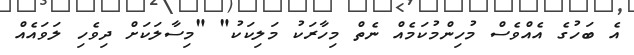
އެ ބަހުގެ އެއްވެސް މުހިންމުކަމެއް ނެތް މިހާރަކު މަލިކަކު" "މިސާލަކަށް ދިވެހި ލަވައެއް